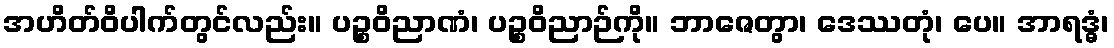
အဟိတ်ဝိပါက်တွင်လည်း။ ပဉ္စဝိညာဏံ၊ ပဉ္စဝိညာဉ်ကို။ ဘာဇေတွာ၊ ဒေဿတုံ၊ ပေ။ အာရဒ္ဓံ၊